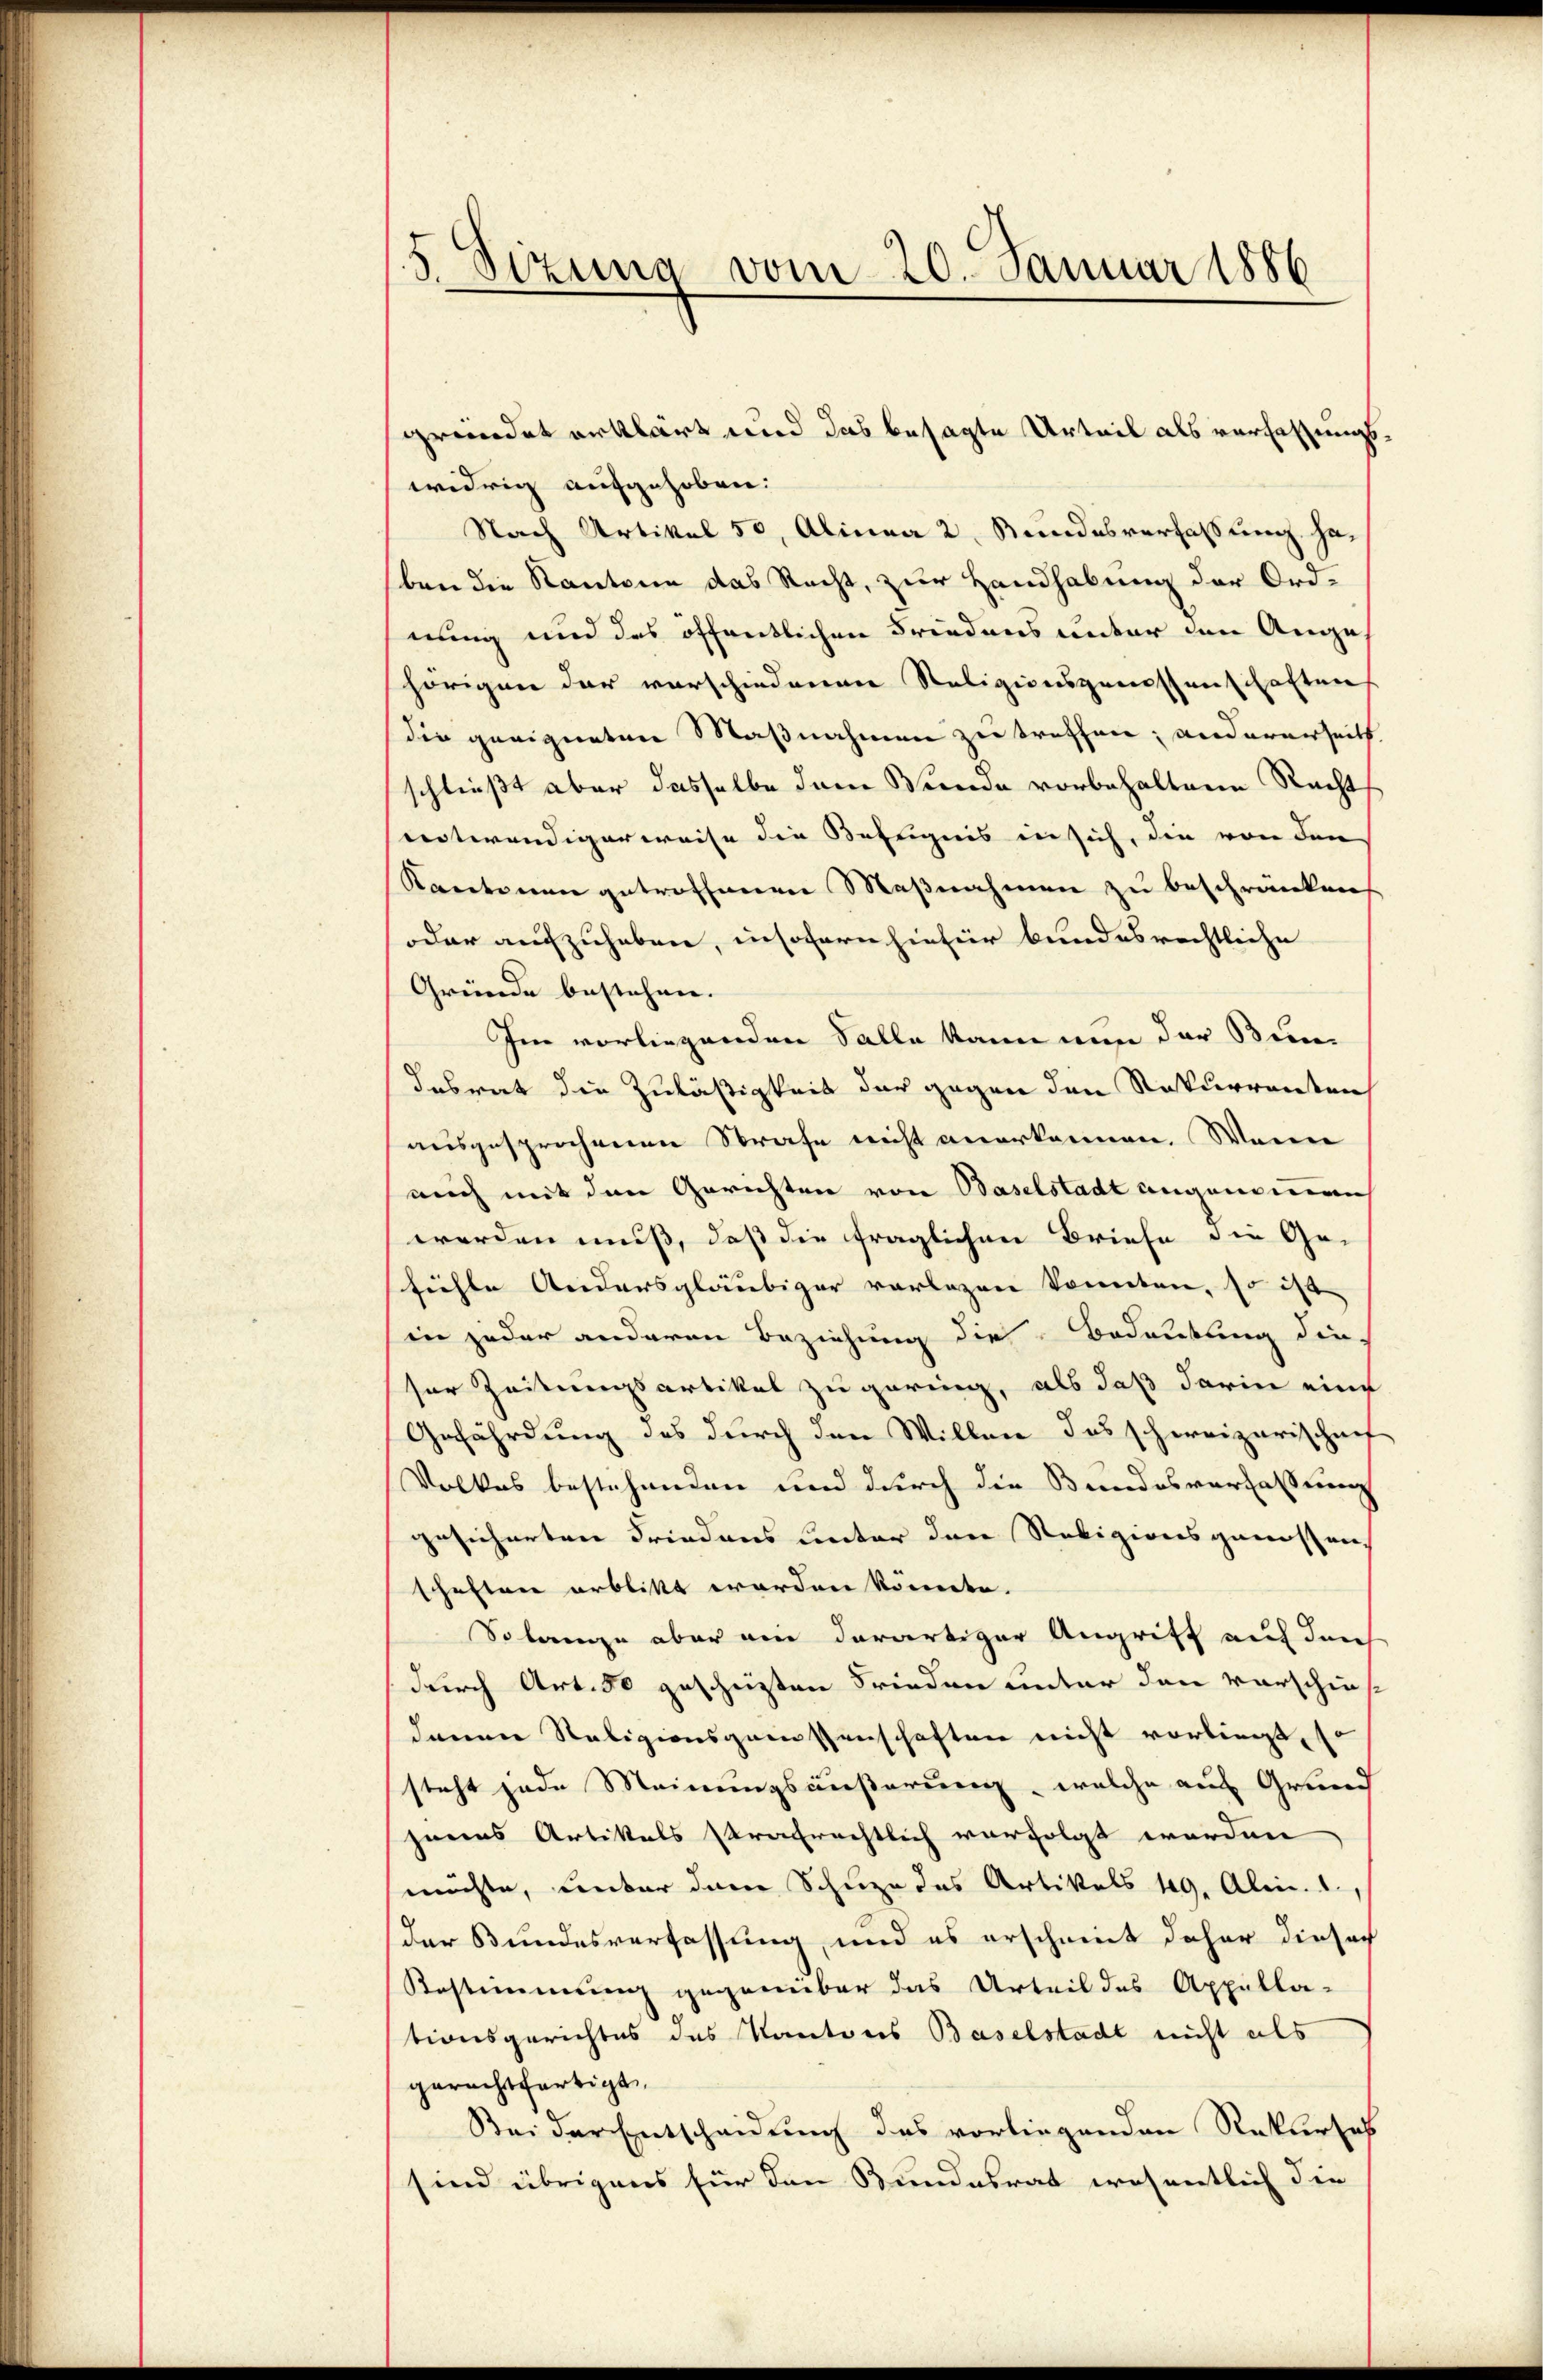
5 Sizung vom 20. Januar 1886

widrig aufgehoben.
Nach Artikel 50, Alinea 2. Stundesverfassung haben die Kantone das Recht, zur Handhabung der Ordnung und des öffentlichen Friedens unter den Auge
hörigen der vorschiedenen Religionsgenossenschaften
die geeigneten Maßnahmen zu treffen; andererseits
schließt aber dasselbe dem Bunde vorbehaltene Recht
entwendigerweise die Befugnis in sich, die von den
Kantonen getroffenen Maßnahmen zu beschränken
oder aufzuheben, insofern hiefür bundesrechtliche
Gründe bestehen.
Im vorliegenden Falle kann von der Bundabrat die Zuläßigkeit der gegen den Rekurrenten
ausgesprochenen Strafe nicht anerkennen. Wenn
mich mit den Gerichten von Baselstadt angenommen
werden muß, daß die fraglichen Briefe die Ge-
fiehle Andersgläubiger vorlesen könnten, so ist
in jeder anderen Beziehung die Bedeutung die
fer Zeitungsartikel zu gering, als daß darin eine
Gefährdung des durch den Willen des schweizerischenf
Volkes bestehenden und durch die Bundesverfassung
gesicherten Friedens lecter den Religionsgenossen,
schaften erblikt worden könnte.
Solange aber ein derartiger Angriff auf den
durch Art. 50 geschüzten Frieden unter den vorschies
dann Rabizionsgenossenschaften nicht vorliegt, so
steht jede Meinungsäußerung, welche auf Grund
jenes Artikels strafrechtlich verfolgt worden
möchte, unter dem Schuze des Artikels 19. Alii. 1.
der Bundesverfassung, und es erscheint daher dieser
Bestimmung gegenbar das Urteil des Appella-
tionsgerichtes des Kantons Baselstadt nicht als
gerechtfertigt
Bei der Entscheidung des vorliegenden Rekurses
sind übrigens für den Bundesrat wesentlich die

gründet erklärt und das besagte Urteil als verfassungs¬